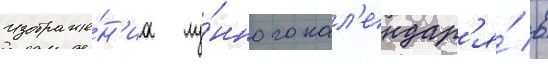
Изображе́н'иа лу́нного кал'ендар'я́ в